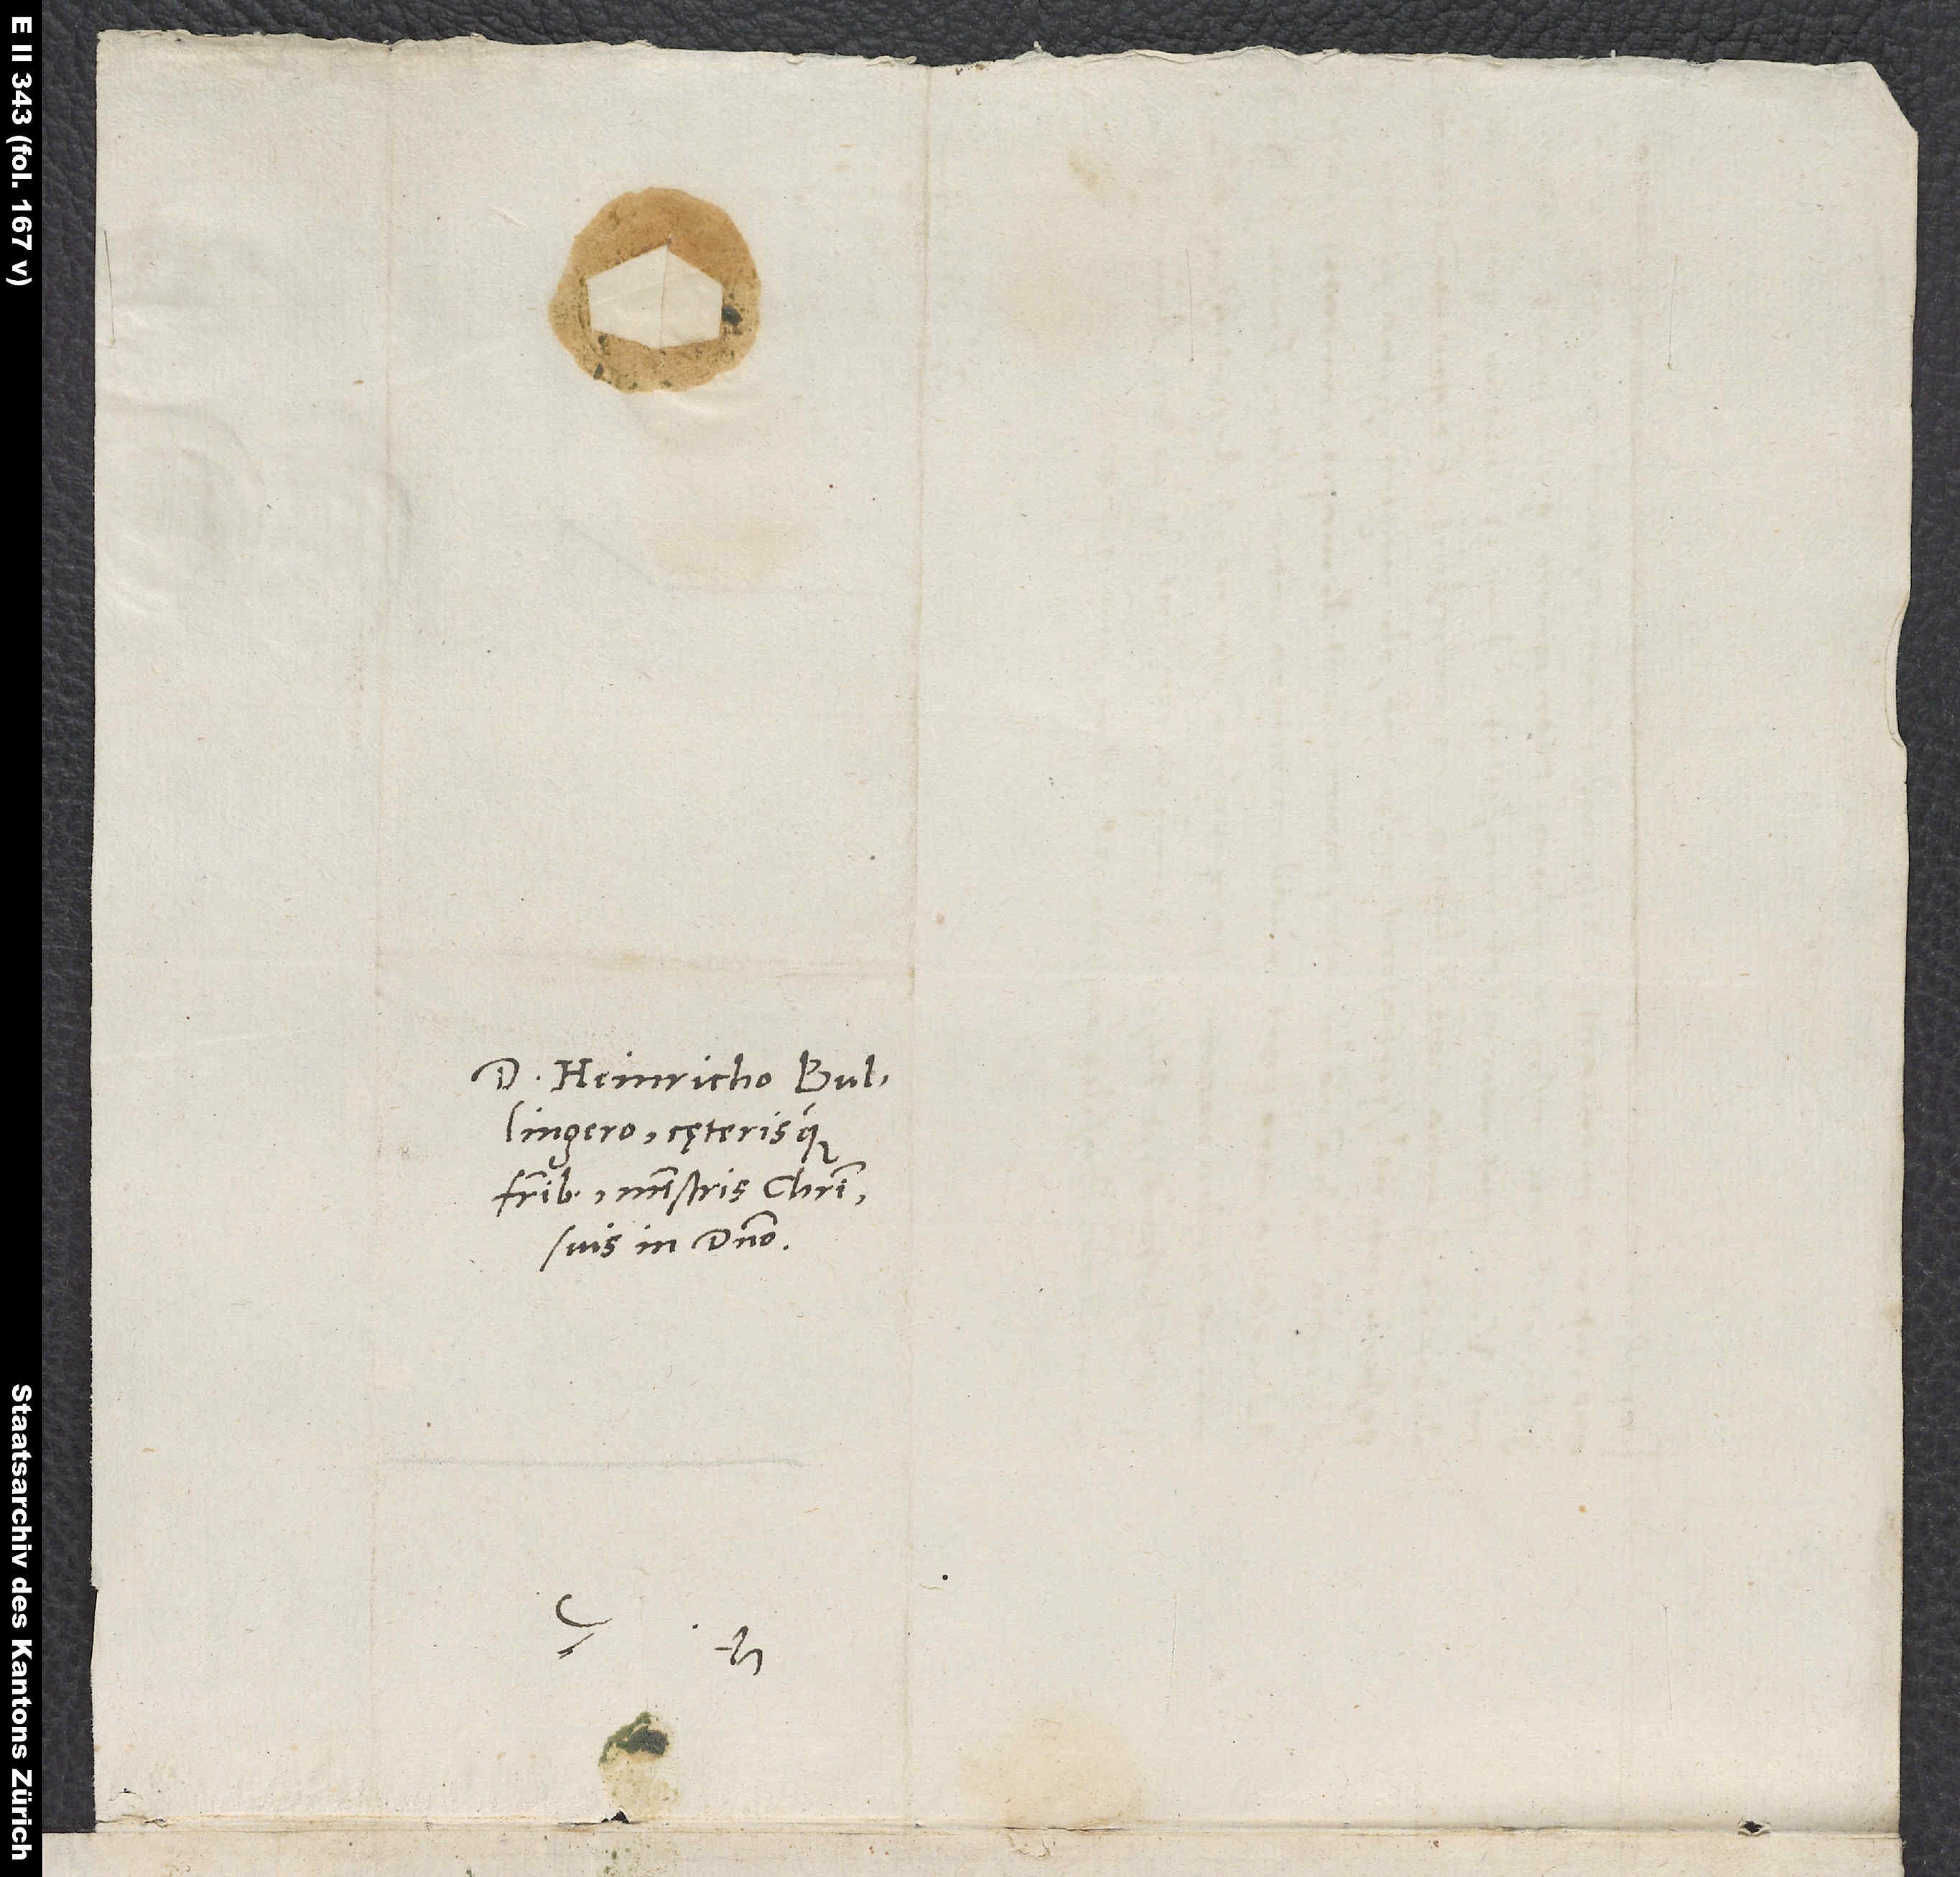
d.

Domino Heinricho Bullingero
fratribus, ministris Christi,
suis in domino.
S.